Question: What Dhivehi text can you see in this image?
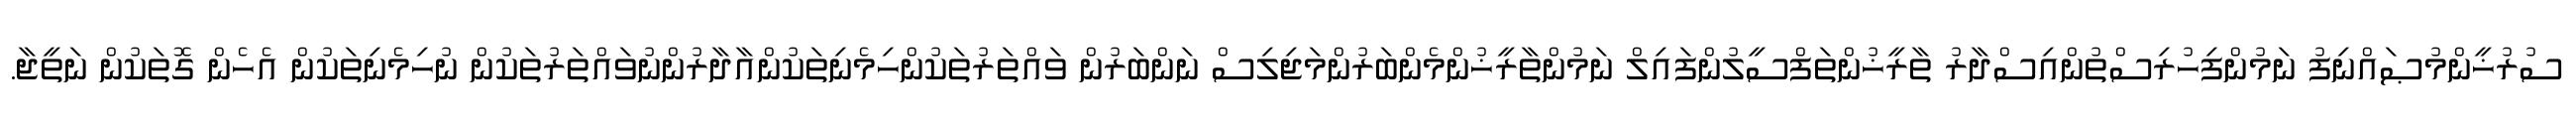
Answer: ސުރުޚީންމުޞައްނިފު ނަމުންފިހުރިސްތުންއިސްދާރު ތާރީޚުންތަފްސީލުންފައިލް ނަމުންތާރީޚުންމެންބަރުންމަޖިލިސް ނަންބަރުން ވައްތަރުތަކުންހިމެނިތަކުންއާދާރުންނުވައްތަރުތަކުން ނުހިމެނިތަކުން އެހެން ގޮތަކުން ނަތީޖާ.